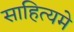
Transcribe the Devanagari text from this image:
साहित्यमे